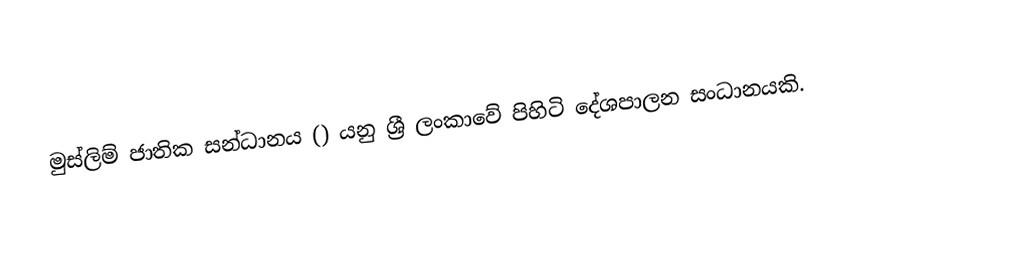
මුස්ලිම් ජාතික සන්ධානය () යනු ශ්‍රී ලංකාවේ පිහිටි දේශපාලන සංධානයකි.